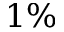
1 \%